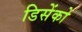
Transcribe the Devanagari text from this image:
डिसेंको